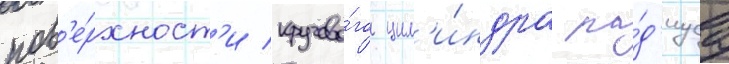
пов'е́рхност'и кругово́го цил'и́ндра ра́д'иуса